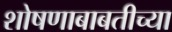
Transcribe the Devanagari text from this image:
शोषणाबाबतीच्या